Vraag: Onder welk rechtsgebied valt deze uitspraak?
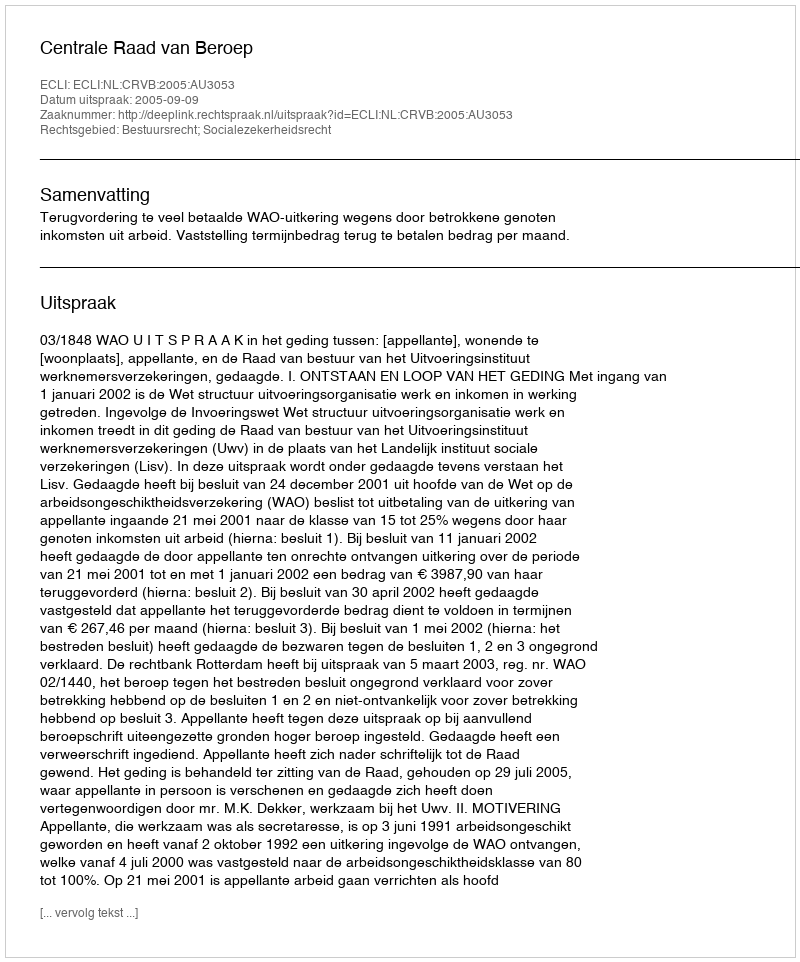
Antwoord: Bestuursrecht; Socialezekerheidsrecht